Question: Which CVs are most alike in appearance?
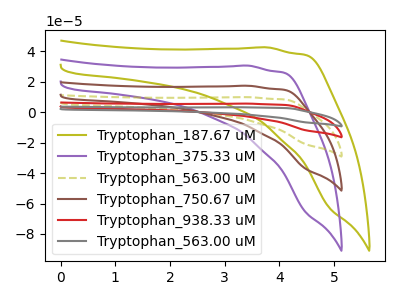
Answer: <think>The olive curve "Tryptophan_187.67 uM" has no peaks. The purple curve "Tryptophan_375.33 uM" has no peaks. The olive dashed curve "Tryptophan_563.00 uM" has no peaks. The brown curve "Tryptophan_750.67 uM" has no peaks. The red curve "Tryptophan_938.33 uM" has no peaks. The gray curve "Tryptophan_563.00 uM" has no peaks.
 Neither "Tryptophan_187.67 uM" or "Tryptophan_375.33 uM" have any peaks. Neither "Tryptophan_187.67 uM" or "Tryptophan_563.00 uM" have any peaks. Neither "Tryptophan_187.67 uM" or "Tryptophan_750.67 uM" have any peaks. Neither "Tryptophan_187.67 uM" or "Tryptophan_938.33 uM" have any peaks. Neither "Tryptophan_187.67 uM" or "Tryptophan_563.00 uM" have any peaks. Neither "Tryptophan_375.33 uM" or "Tryptophan_563.00 uM" have any peaks. Neither "Tryptophan_375.33 uM" or "Tryptophan_750.67 uM" have any peaks. Neither "Tryptophan_375.33 uM" or "Tryptophan_938.33 uM" have any peaks. Neither "Tryptophan_375.33 uM" or "Tryptophan_563.00 uM" have any peaks. Neither "Tryptophan_563.00 uM" or "Tryptophan_750.67 uM" have any peaks. Neither "Tryptophan_563.00 uM" or "Tryptophan_938.33 uM" have any peaks. Neither "Tryptophan_563.00 uM" or "Tryptophan_563.00 uM" have any peaks. Neither "Tryptophan_750.67 uM" or "Tryptophan_938.33 uM" have any peaks. Neither "Tryptophan_750.67 uM" or "Tryptophan_563.00 uM" have any peaks. Neither "Tryptophan_938.33 uM" or "Tryptophan_563.00 uM" have any peaks.</think>
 <answer>"Tryptophan_375.33 uM", "Tryptophan_187.67 uM", "Tryptophan_563.00 uM", "Tryptophan_750.67 uM", "Tryptophan_938.33 uM" and "Tryptophan_563.00 uM" have the same shape and are likely CV's of the same chemical.</answer>
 <eval>"Tryptophan_375.33 uM" "Tryptophan_187.67 uM" "Tryptophan_563.00 uM" "Tryptophan_750.67 uM" "Tryptophan_938.33 uM" "Tryptophan_563.00 uM"</eval>